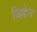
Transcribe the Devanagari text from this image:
जिडेन